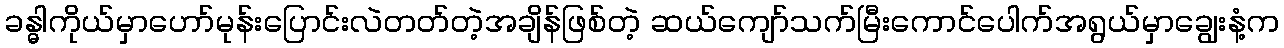
ခန္ဓါကိုယ်မှာဟော်မုန်းပြောင်းလဲတတ်တဲ့အချိန်ဖြစ်တဲ့ ဆယ်ကျော်သက်မြီးကောင်ပေါက်အရွယ်မှာချွေးနံ့က